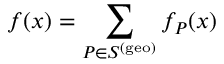
f ( x ) = \sum _ { P \in S ^ { ( \mathrm { g e o } ) } } f _ { P } ( x )